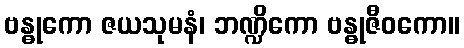
ဗန္ဓုကော ဇယသုမနံ၊ ဘဏ္ဍိကော ဗန္ဓုဇီဝကော။